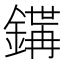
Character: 𨪇